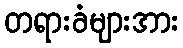
တရားခံများအား